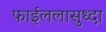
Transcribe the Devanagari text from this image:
फाईललासुध्दा